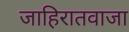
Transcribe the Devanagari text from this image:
जाहिरातवाजा